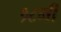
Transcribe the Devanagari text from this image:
१८मी